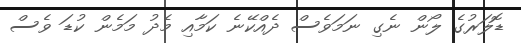
ޑޮލަރުގެ ލޯން ނެގި ނަމަވެސް ދެއްކޭނެ ކަމާއި މެދު މަމެން ކުޑަ ވެސް